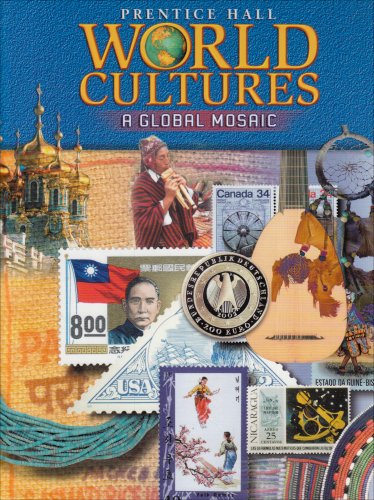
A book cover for World Cultures: A Global Mosaic, 5th Edition; I. Ahmad; Teen & Young Adult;